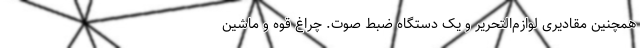
همچنین مقادیری لوازم‌التحریر و یک دستگاه ضبط صوت. چراغ قوه و ماشین